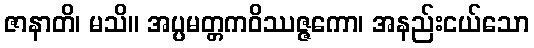
ဇာနာတိ၊ မသိ။ အပ္ပမတ္တကဝိဿဇ္ဇကော၊ အနည်းငယ်သော